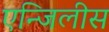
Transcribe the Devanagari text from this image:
एन्जिलीस